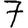
Digit: 7